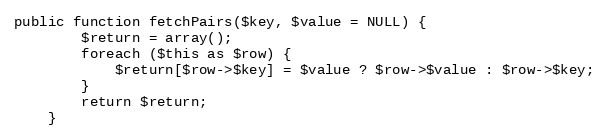
Language: PHP
public function fetchPairs($key, $value = NULL) {
		$return = array();
		foreach ($this as $row) {
			$return[$row->$key] = $value ? $row->$value : $row->$key;
		}
		return $return;
	}